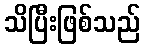
သိပြီးဖြစ်သည်